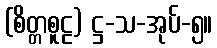
(စိတ္တစူဠ) ဋ္ဌ-သ-အုပ်-၅။